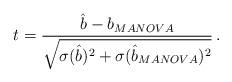
LaTeX: \begin{align*}t = \frac{\hat{b}-b_{MANOVA}}{\sqrt{\sigma(\hat{b})^2+\sigma(\hat{b}_{MANOVA})^2 }}\,.\end{align*}